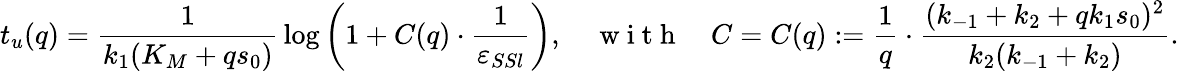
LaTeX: t_{u}(q)=\frac{1}{k_{1}(K_{M}+qs_{0})}\, \log\left(1+C(q)\cdot\frac{1}{\varepsilon_{SSl}}\right),\quad\mathrm{~w~i~t~h~}\quad C=C(q):=\frac{1}{q}\cdot\frac{(k_{-1}+k_{2}+qk_{1}s_{0})^{2}}{k_{2}(k_{-1}+k_{2})}.